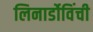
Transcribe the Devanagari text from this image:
लिनार्डोविंची